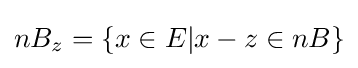
nB_{z}=\{x\in E|x-z\in nB\}